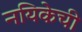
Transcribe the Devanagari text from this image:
नयिकेची